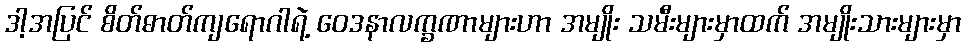
ဒါ့အပြင် စိတ်ဓာတ်ကျရောဂါရဲ့ ဝေဒနာလက္ခဏာများဟာ အမျိုး သမီးများမှာထက် အမျိုးသားများမှာ